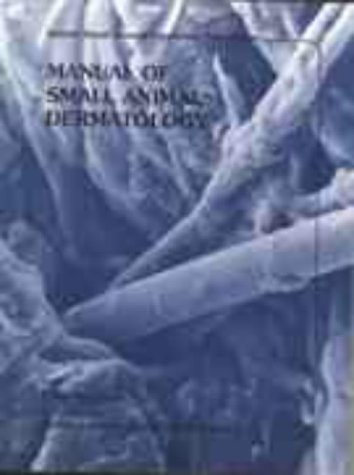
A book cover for Manual of Small Animal Dermatology (BSAVA British Small Animal Veterinary Association); Locke; Medical Books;